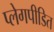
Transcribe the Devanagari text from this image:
प्लेगपीडित